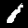
Label: 1